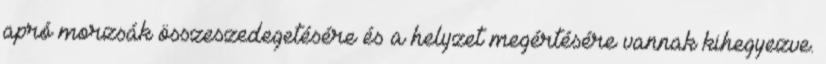
apró morzsák összeszedegetésére és a helyzet megértésére vannak kihegyezve.